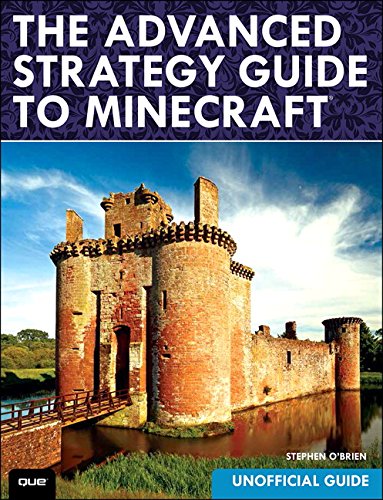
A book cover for The Advanced Strategy Guide to Minecraft; Stephen O'Brien; Humor & Entertainment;